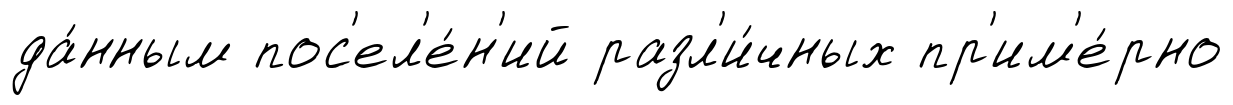
да́нным пос'ел'е́н'ий разл'и́чных пр'им'е́рно